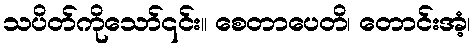
သပိတ်ကိုသော်၎င်း။ စေတာပေတိ၊ တောင်းအံ့၊